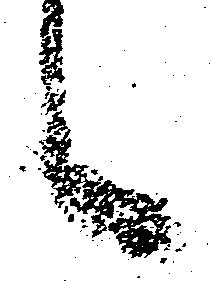
候